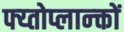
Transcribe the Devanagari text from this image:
फ्य्तोप्लान्क्तों